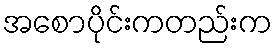
အစောပိုင်းကတည်းက